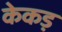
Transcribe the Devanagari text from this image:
केकड़